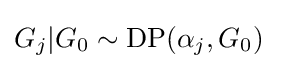
{\begin{aligned}G_{j}|G_{0}&\sim \operatorname {DP} (\alpha _{j},G_{0})\end{aligned}}